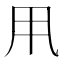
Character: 𠂡